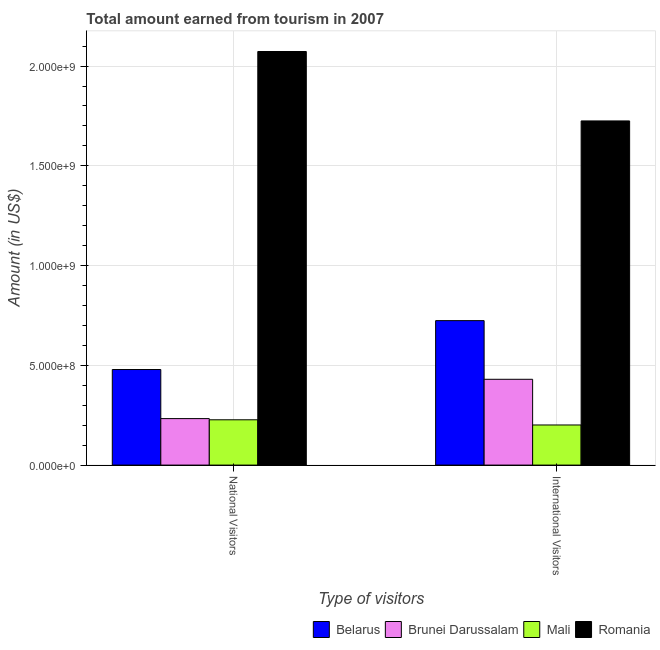
| Type of visitors | Belarus | Brunei Darussalam | Mali | Romania |
 | --- | --- | --- | --- | --- |
 | National Visitors | 4.79e+08 | 2.33e+08 | 2.27e+08 | 2.07e+09 |
 | International Visitors | 7.24e+08 | 4.3e+08 | 2.01e+08 | 1.72e+09 |